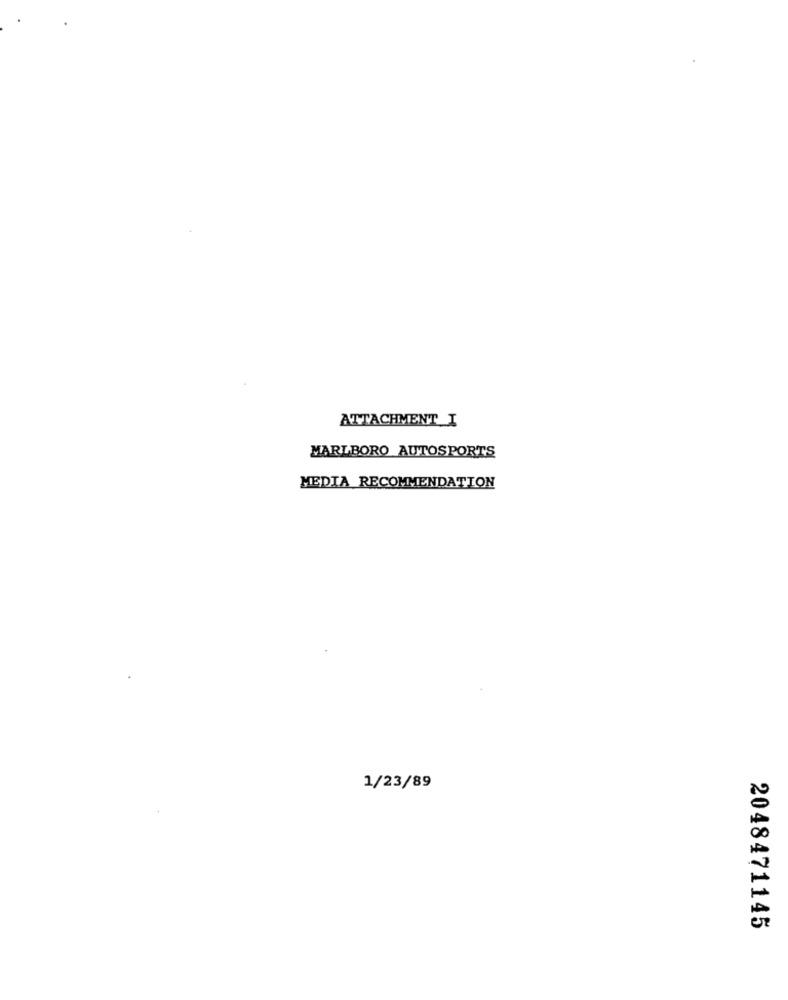
ATTACHMENT_I
MARLBORO AUTOSPORTS
MEDIA RECOMMENDATION
1/23/89
2048471145